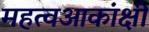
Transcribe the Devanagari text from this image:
महत्वआकांक्षी